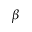
\beta